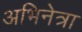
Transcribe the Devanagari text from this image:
अभिनेत्रा